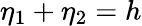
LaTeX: \eta_{1}+\eta_{2}=h